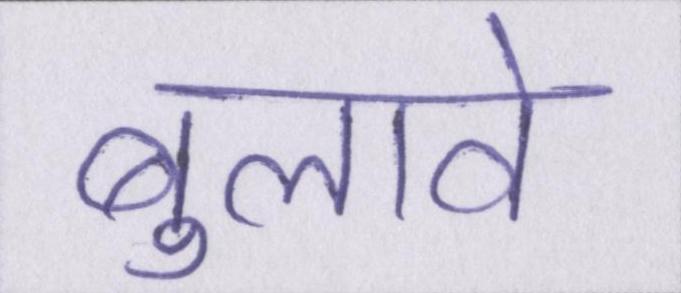
बुलावे